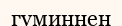
гуминнен